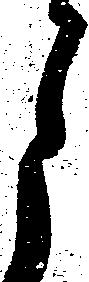
月